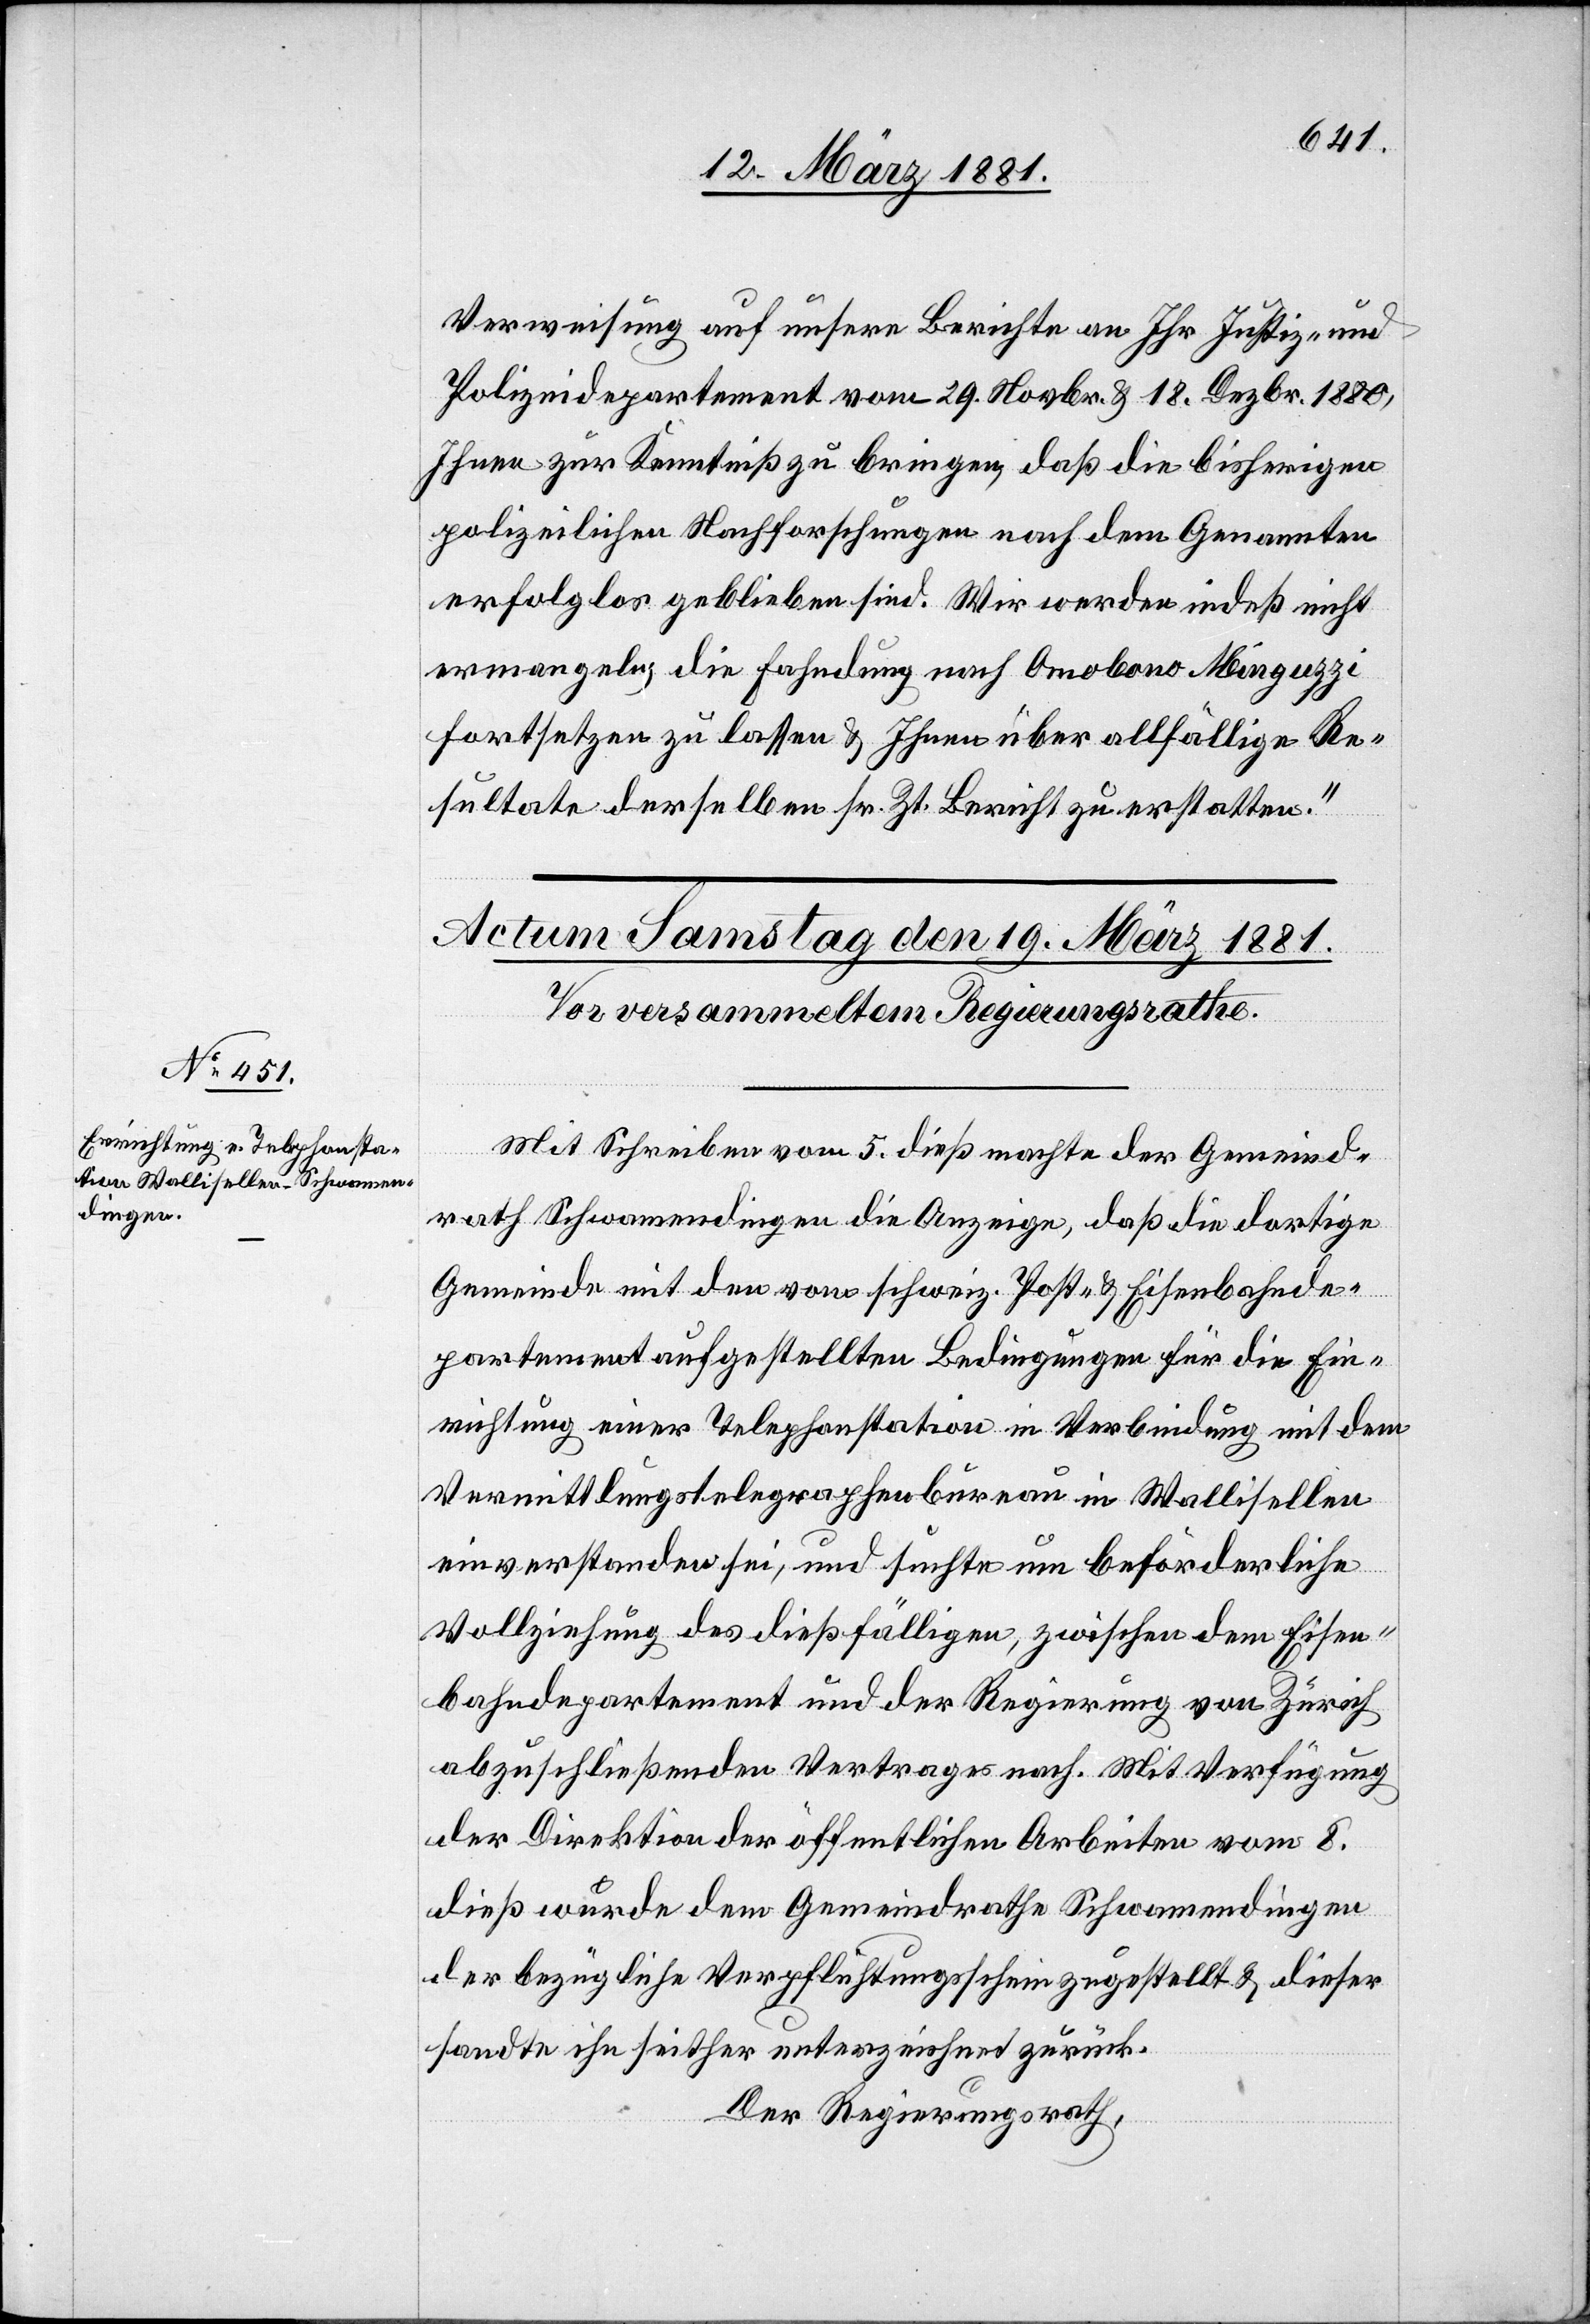
Verweisung auf unsere Berichte an Ihr Justiz- und
Polizeidepartement vom 29. Novbr. & 18. Dezbr. 1880,
Ihnen zur Kenntniß zu bringen, daß die bisherigen
polizeilichen Nachforschungen nach dem Genannten
erfolglos geblieben sind. Wir werden indeß nicht
ermangeln, die Fahndung nach Omobono Minguzzi
fortsetzen zu lassen & Ihnen über allfällige Re¬
sultate derselben sr. Zt. Bericht zu erstatten.“
Mit Schreiben vom 5. dieß machte der Gemeind¬
rath Schwamendingen die Anzeige, daß die dortige
Gemeinde mit den vom schweiz. Post- & Eisenbahnde¬
partement aufgestellten Bedingungen für die Ein¬
richtung einer Telephonstation in Verbindung mit dem
Vermittlungstelegraphenbureau in Wallisellen
einverstanden sei, und suchte um beförderliche
Vollziehung des dießfälligen, zwischen dem Eisen¬
bahndepartement und der Regierung von Zürich
abzuschließenden Vertrages nach. Mit Verfügung
der Direktion der öffentlichen Arbeiten vom 8.
dieß wurde dem Gemeindrathe Schwamendingen
der bezügliche Verpflichtungsschein zugestellt & dieser
sandte ihn seither unterzeichnet zurück.
Der Regierungsrath,